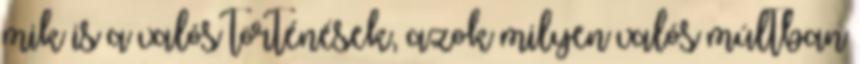
mik is a valós történések, azok milyen valós múltban